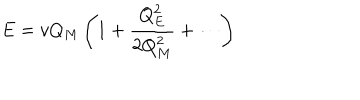
LaTeX: E = v Q _ { M } \left( 1 + { \frac { Q _ { E } ^ { 2 } } { 2 Q _ { M } ^ { 2 } } } + \cdots \right)